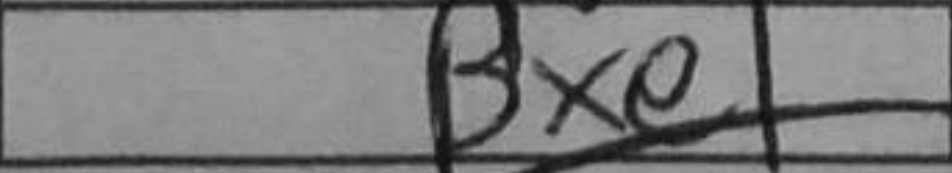
Transcription: Bxe1